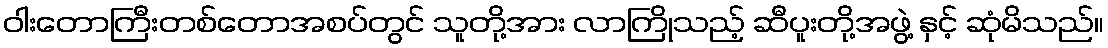
ဝါးတောကြီးတစ်တောအစပ်တွင် သူတို့အား လာကြိုသည့် ဆီပူးတို့အဖွဲ့ နှင့် ဆုံမိသည်။